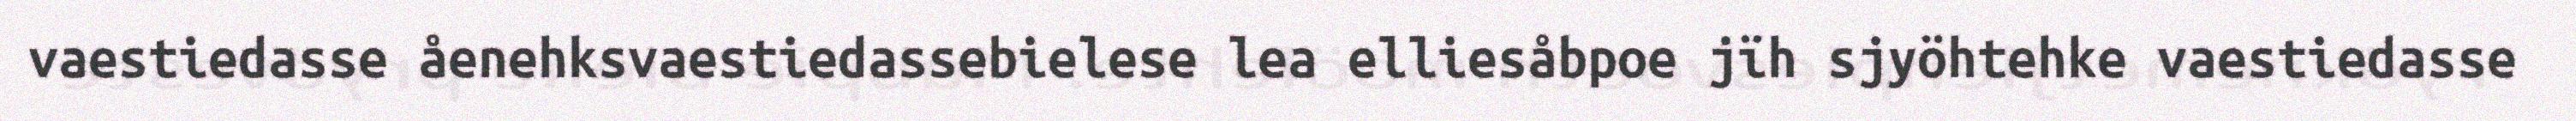
vaestiedasse åenehksvaestiedassebielese lea elliesåbpoe jïh sjyöhtehke vaestiedasse